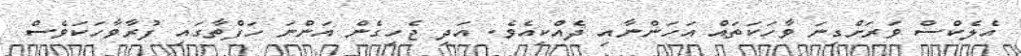
އެލެކްސް ވަރަށްގިނަ ވާހަކަތައް އަހަންނާއި ދެއްކިއެވެ. އަދި ޖެހިގެން އަންނަ ހަފްތާގައި ފުރާވާހަކަވެސް